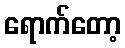
ရောက်တော့